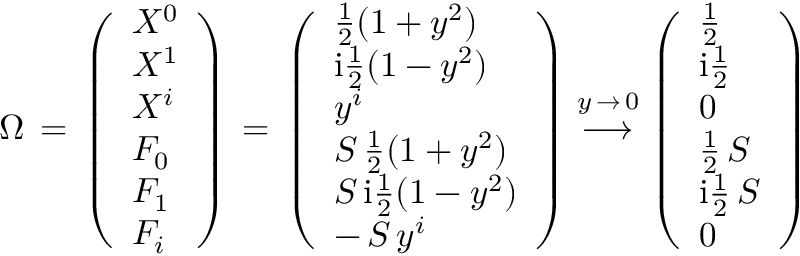
\Omega \, = \, \left( \begin{array} { l } { { X ^ { 0 } } } \\ { { X ^ { 1 } } } \\ { { X ^ { i } } } \\ { { F _ { 0 } } } \\ { { F _ { 1 } } } \\ { { F _ { i } } } \end{array} \right) \, = \, \left( \begin{array} { l } { { \frac { 1 } { 2 } ( 1 + y ^ { 2 } ) } } \\ { { \mathrm { i } \frac { 1 } { 2 } ( 1 - y ^ { 2 } ) } } \\ { { y ^ { i } } } \\ { { S \, \frac { 1 } { 2 } ( 1 + y ^ { 2 } ) } } \\ { { S \, \mathrm { i } \frac { 1 } { 2 } ( 1 - y ^ { 2 } ) } } \\ { { - \, S \, y ^ { i } } } \end{array} \right) \, { \stackrel { y \, \to \, 0 } { \longrightarrow } } \, \left( \begin{array} { l } { { \frac { 1 } { 2 } } } \\ { { \mathrm { i } \frac { 1 } { 2 } } } \\ { { 0 } } \\ { { \frac { 1 } { 2 } \, S } } \\ { { \mathrm { i } \frac { 1 } { 2 } \, S } } \\ { { 0 } } \end{array} \right)